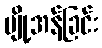
ပျို့အန်ခြင်း